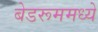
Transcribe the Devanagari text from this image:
बेडरूममध्ये